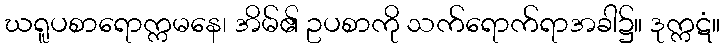
ဃရူပစာရောက္ကမနေ၊ အိမ်၏ ဥပစာကို သက်ရောက်ရာအခါ၌။ ဒုက္ကဋံ။